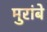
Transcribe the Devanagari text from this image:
मुरांबे